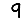
Digit: 9